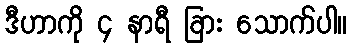
ဒီဟာကို ၄ နာရီ ခြား သောက်ပါ။